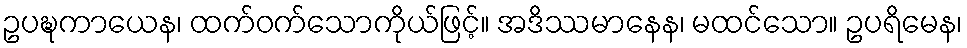
ဥပဍ္ဎကာယေန၊ ထက်ဝက်သောကိုယ်ဖြင့်။ အဒိဿမာနေန၊ မထင်သော။ ဥပရိမေန၊